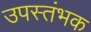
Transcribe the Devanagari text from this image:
उपस्तंभक